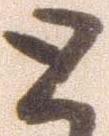
と